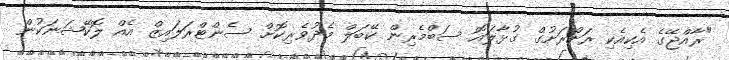
"ރާއްޖޭގެ އެކިއެކި ރަށްރަށުގް ގުޅާލައޮ ސަބްމެރިން ކޭބަލް މެދުވެރިކޮށް ސެންޓްރަލައިޒް އެއް ލޮކޭޝަނަކުން